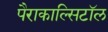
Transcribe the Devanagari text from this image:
पैराकाल्सिटॉल